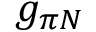
g _ { \pi N }